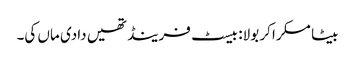
بیٹا مسکرا کر بولا: بیسٹ فرینڈ تھیں دادی ماں کی۔